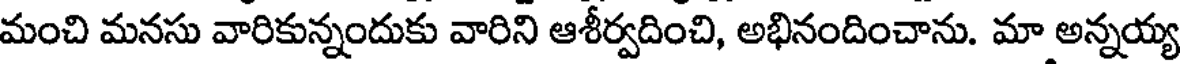
మంచి మనసు వారికున్నందుకు వారిని ఆశీర్వదించి, అభినందించాను. మా అన్నయ్య